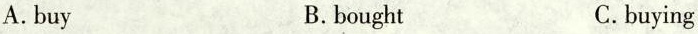
A.buy B.bought C.buying